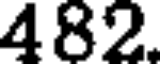
482.